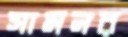
সামনর